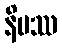
နိမဿ